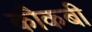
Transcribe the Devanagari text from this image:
कौकबी